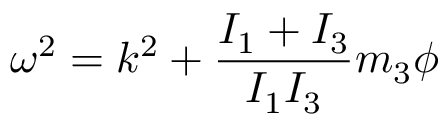
{ \boldsymbol \omega } ^ { 2 } = k ^ { 2 } + \frac { I _ { 1 } + I _ { 3 } } { I _ { 1 } I _ { 3 } } m _ { 3 } \phi